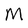
Character: M